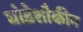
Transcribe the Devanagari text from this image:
घोडेशौकीन